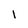
Character: I